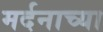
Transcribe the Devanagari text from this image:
मर्दनाच्या